Source: Handwritten
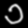
Digit: ၁ (1)